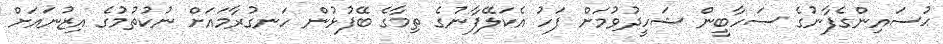
ޙުސައިންގެފާނުގެ ސަހާބީން ޝަހީދުވުމަށް ފަހު އެކަލޭފާނުގެ ތިމާގެ ބޭފުޅުން ހަނގުރާމައަށް ނުކުތުމުގެ އިޒުނައަށް